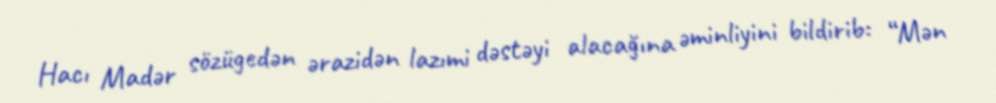
Hacı Madər sözügedən ərazidən lazımi dəstəyi alacağına əminliyini bildirib: “Mən